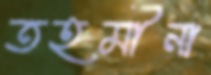
তহমীনা